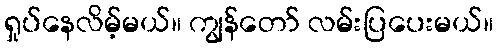
ရှုပ်နေလိမ့်မယ်။ ကျွန်တော် လမ်းပြပေးမယ်။